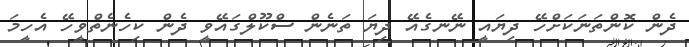
ދެން ކޮންތަނަކަށްހޭ ދިޔައީ ނޭނގެއޭ ދިޔަ ތަނެން ސްކޫލްގައޭވީ ދެން ކިހެނެތްވީހޭ އެހީމަ